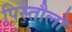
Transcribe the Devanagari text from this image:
पिस्तौलो